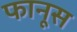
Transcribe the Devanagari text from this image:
फानूस